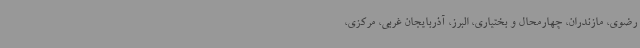
رضوی، مازندران، چهارمحال و بختیاری، البرز، آذربایجان غربی، مرکزی،